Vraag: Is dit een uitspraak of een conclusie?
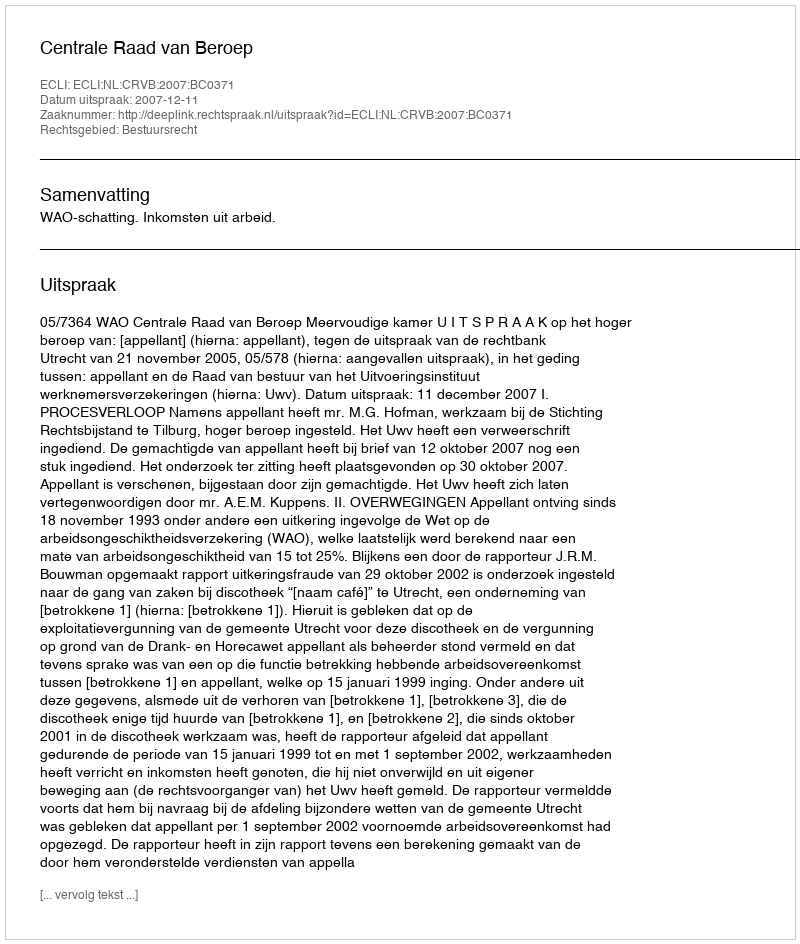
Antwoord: Uitspraak